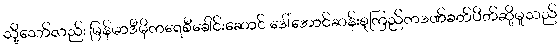
သို့သော်လည်း မြန်မာဒီမိုကရေစီခေါင်းဆောင် ဒေါ်အောင်ဆန်းစုကြည်ကဒဏ်ခတ်ပိတ်ဆို့မှုသည်